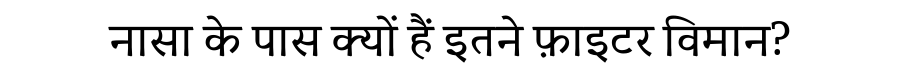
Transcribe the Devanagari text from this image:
नासा के पास क्यों हैं इतने फ़ाइटर विमान?